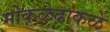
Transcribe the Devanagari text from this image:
मोकळेढाकळे